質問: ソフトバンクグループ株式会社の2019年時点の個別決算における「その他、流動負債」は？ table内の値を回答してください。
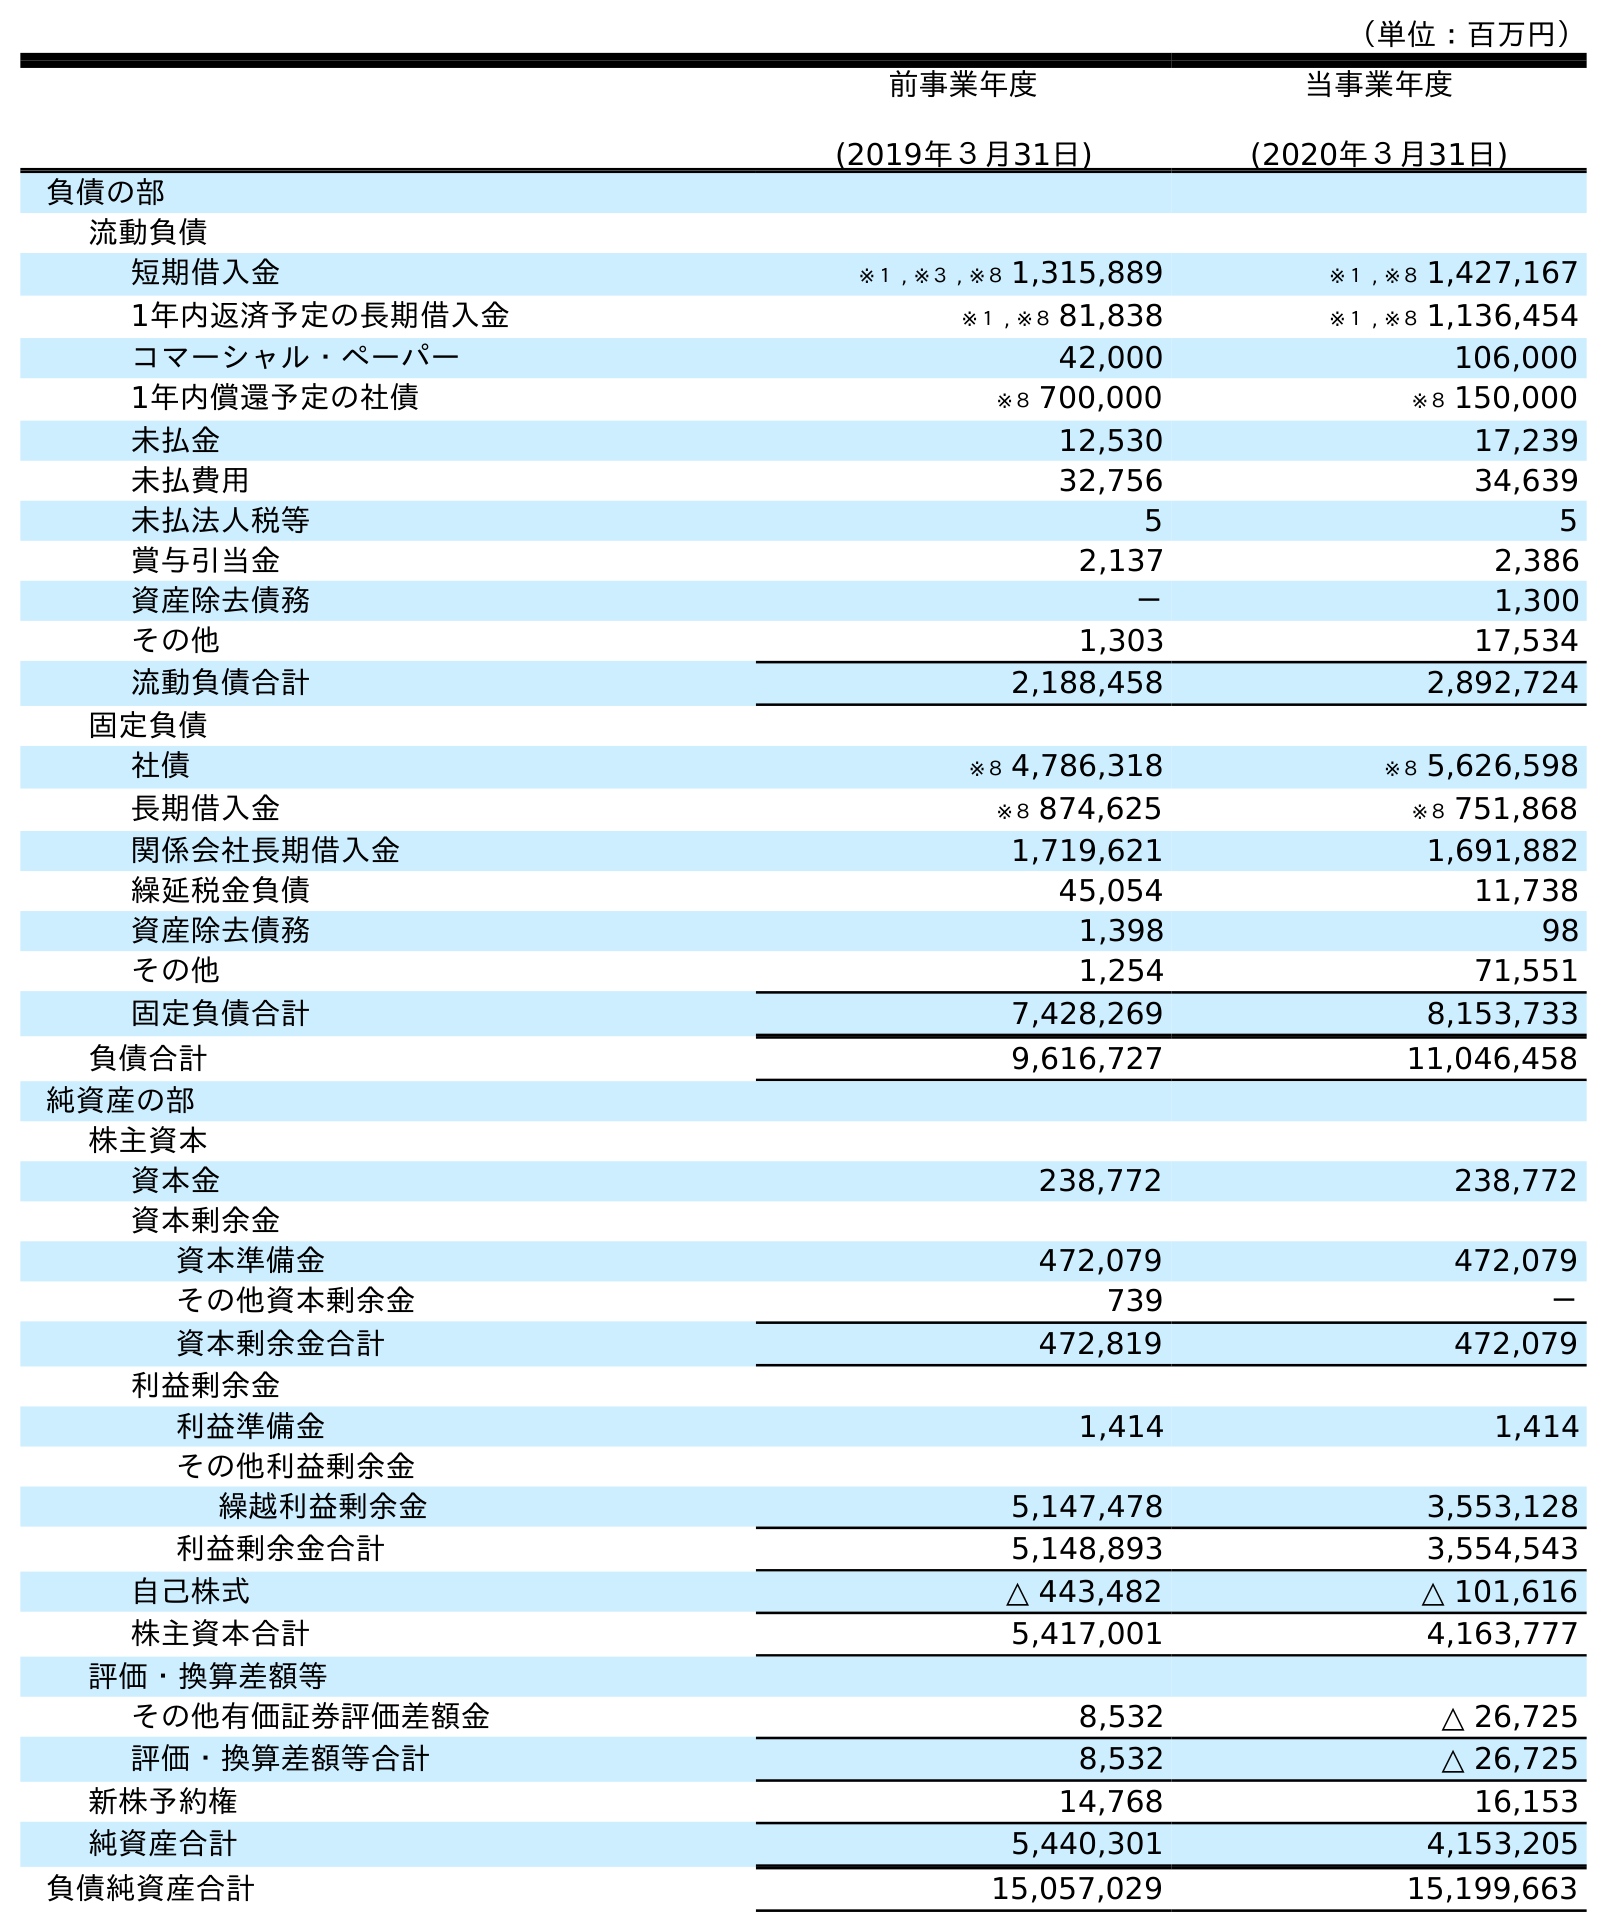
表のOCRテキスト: （単位：百万円） 前事業年度 (2019年３月31日) 当事業年度 (2020年３月31日) 負債の部 流動負債 短期借入金 ※１ , ※３ , ※８ 1,315,889 ※１ , ※８ 1,427,167 1年内返済予定の長期借入金 ※１ , ※８ 81,838 ※１ , ※８ 1,136,454 コマーシャル・ペーパー 42,000 106,000 1年内償還予定の社債 ※８ 700,000 ※８ 150,000 未払金 12,530 17,239 未払費用 32,756 34,639 未払法人税等 5 5 賞与引当金 2,137 2,386 資産除去債務 － 1,300 その他 1,303 17,534 流動負債合計 2,188,458 2,892,724 固定負債 社債 ※８ 4,786,318 ※８ 5,626,598 長期借入金 ※８ 874,625 ※８ 751,868 関係会社長期借入金 1,719,621 1,691,882 繰延税金負債 45,054 11,738 資産除去債務 1,398 98 その他 1,254 71,551 固定負債合計 7,428,269 8,153,733 負債合計 9,616,727 11,046,458 純資産の部 株主資本 資本金 238,772 238,772 資本剰余金 資本準備金 472,079 472,079 その他資本剰余金 739 － 資本剰余金合計 472,819 472,079 利益剰余金 利益準備金 1,414 1,414 その他利益剰余金 繰越利益剰余金 5,147,478 3,553,128 利益剰余金合計 5,148,893 3,554,543 自己株式 △ 443,482 △ 101,616 株主資本合計 5,417,001 4,163,777 評価・換算差額等 その他有価証券評価差額金 8,532 △ 26,725 評価・換算差額等合計 8,532 △ 26,725 新株予約権 14,768 16,153 純資産合計 5,440,301 4,153,205 負債純資産合計 15,057,029 15,199,663
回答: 1,303